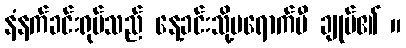
နံနက်ခင်းရုပ်သည် နေ့ခင်းသို့မရောက်မီ ချုပ်၏ ။